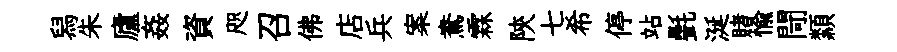
舄朱廬姦資咫召佛店兵案鴦霖陝七希停站㲲涎賭愉閜纇